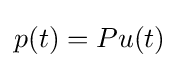
p(t)=Pu(t)